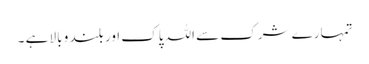
تمہارے شرک سے اللہ پاک اور بلند و بالا ہے ۔